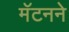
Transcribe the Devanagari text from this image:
मॅटनने